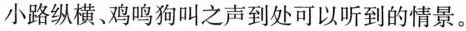
小路纵横、鸡鸣狗叫之声到处可以听到的情景。